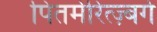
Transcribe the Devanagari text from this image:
पितर्मरित्ज़्बर्ग